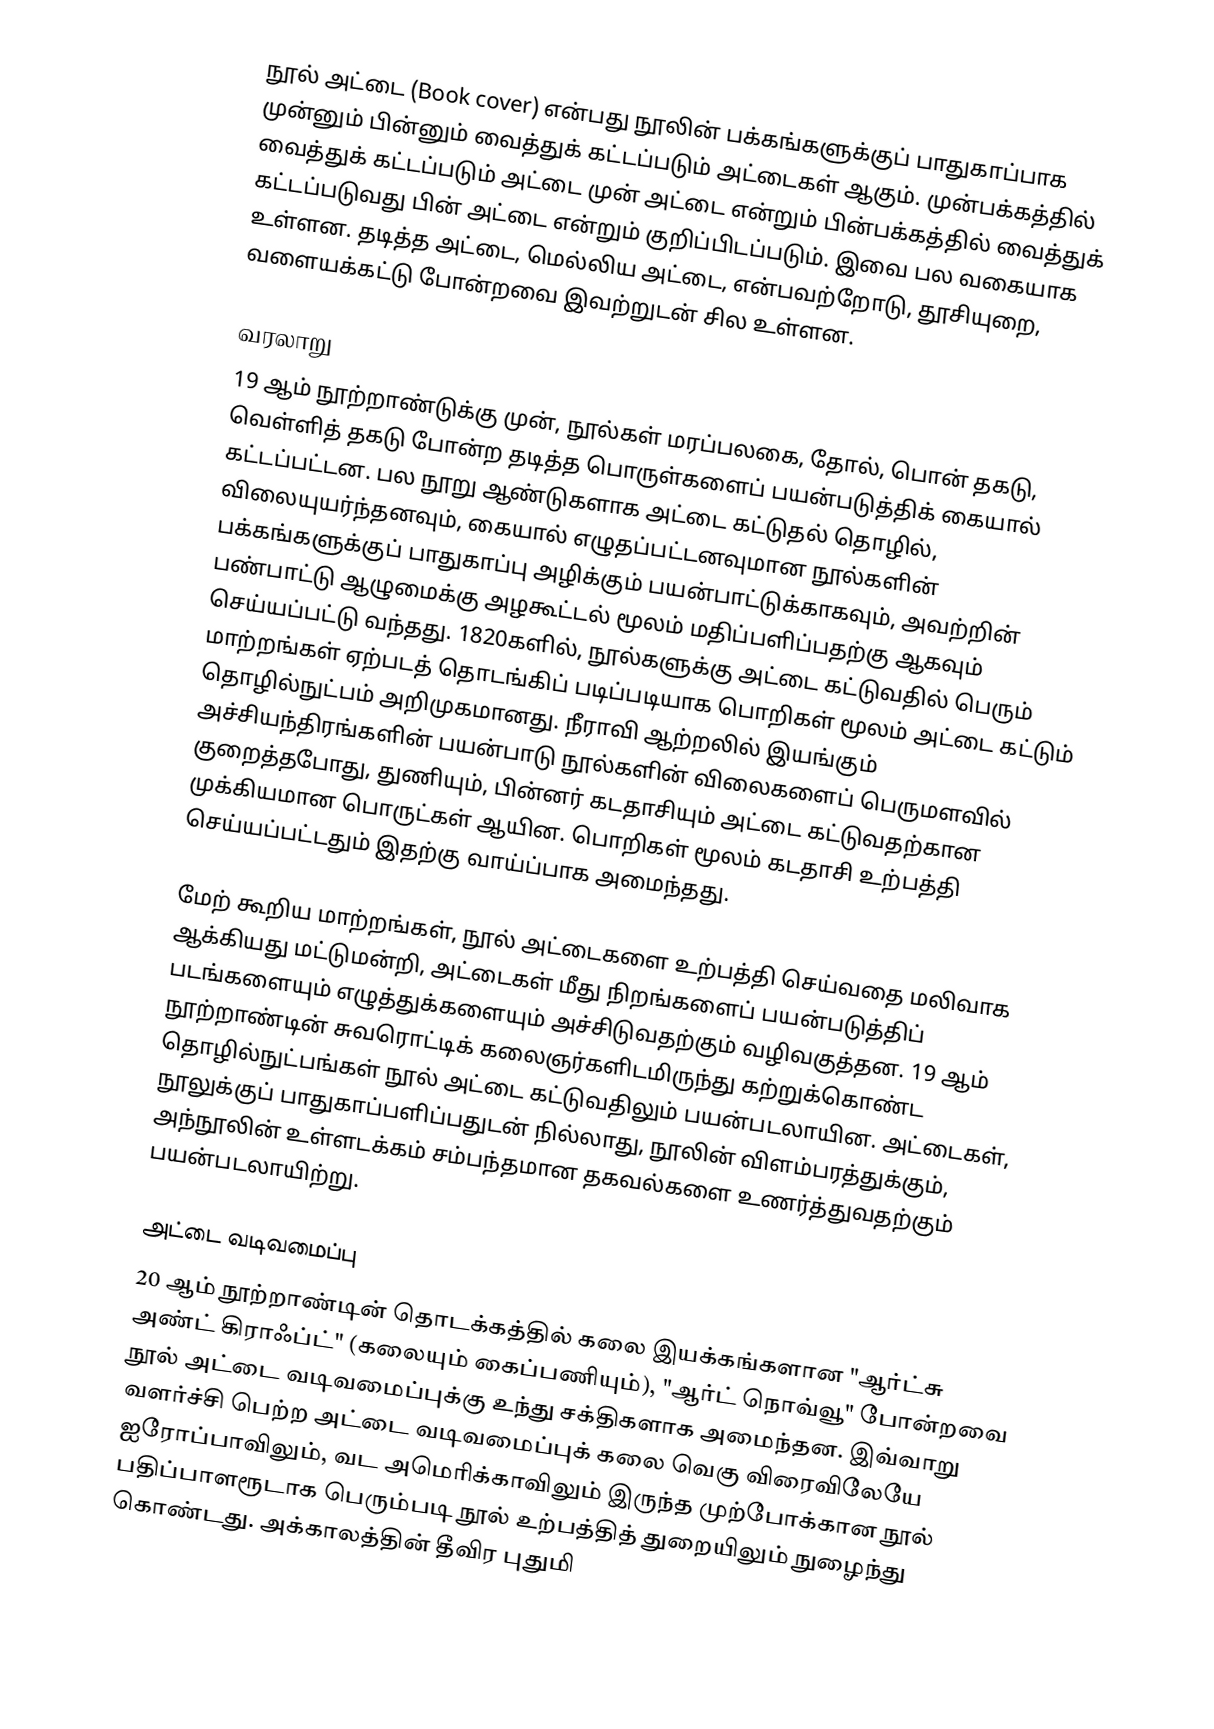
நூல் அட்டை (Book cover) என்பது நூலின் பக்கங்களுக்குப் பாதுகாப்பாக முன்னும் பின்னும் வைத்துக் கட்டப்படும் அட்டைகள் ஆகும். முன்பக்கத்தில் வைத்துக் கட்டப்படும் அட்டை முன் அட்டை என்றும் பின்பக்கத்தில் வைத்துக் கட்டப்படுவது பின் அட்டை என்றும் குறிப்பிடப்படும். இவை பல வகையாக உள்ளன. தடித்த அட்டை, மெல்லிய அட்டை, என்பவற்றோடு, தூசியுறை, வளையக்கட்டு போன்றவை இவற்றுடன் சில உள்ளன.

வரலாறு
19 ஆம் நூற்றாண்டுக்கு முன், நூல்கள் மரப்பலகை, தோல், பொன் தகடு, வெள்ளித் தகடு போன்ற தடித்த பொருள்களைப் பயன்படுத்திக் கையால் கட்டப்பட்டன. பல நூறு ஆண்டுகளாக அட்டை கட்டுதல் தொழில், விலையுயர்ந்தனவும், கையால் எழுதப்பட்டனவுமான நூல்களின் பக்கங்களுக்குப் பாதுகாப்பு அழிக்கும் பயன்பாட்டுக்காகவும், அவற்றின் பண்பாட்டு ஆழுமைக்கு அழகூட்டல் மூலம் மதிப்பளிப்பதற்கு ஆகவும் செய்யப்பட்டு வந்தது. 1820களில், நூல்களுக்கு அட்டை கட்டுவதில் பெரும் மாற்றங்கள் ஏற்படத் தொடங்கிப் படிப்படியாக பொறிகள் மூலம் அட்டை கட்டும் தொழில்நுட்பம் அறிமுகமானது. நீராவி ஆற்றலில் இயங்கும் அச்சியந்திரங்களின் பயன்பாடு நூல்களின் விலைகளைப் பெருமளவில் குறைத்தபோது, துணியும், பின்னர் கடதாசியும் அட்டை கட்டுவதற்கான முக்கியமான பொருட்கள் ஆயின. பொறிகள் மூலம் கடதாசி உற்பத்தி செய்யப்பட்டதும் இதற்கு வாய்ப்பாக அமைந்தது.

மேற் கூறிய மாற்றங்கள், நூல் அட்டைகளை உற்பத்தி செய்வதை மலிவாக ஆக்கியது மட்டுமன்றி, அட்டைகள் மீது நிறங்களைப் பயன்படுத்திப் படங்களையும் எழுத்துக்களையும் அச்சிடுவதற்கும் வழிவகுத்தன. 19 ஆம் நூற்றாண்டின் சுவரொட்டிக் கலைஞர்களிடமிருந்து கற்றுக்கொண்ட தொழில்நுட்பங்கள் நூல் அட்டை கட்டுவதிலும் பயன்படலாயின. அட்டைகள், நூலுக்குப் பாதுகாப்பளிப்பதுடன் நில்லாது, நூலின் விளம்பரத்துக்கும், அந்நூலின் உள்ளடக்கம் சம்பந்தமான தகவல்களை உணர்த்துவதற்கும் பயன்படலாயிற்று.

அட்டை வடிவமைப்பு
20 ஆம் நூற்றாண்டின் தொடக்கத்தில் கலை இயக்கங்களான "ஆர்ட்சு அண்ட் கிராஃப்ட்" (கலையும் கைப்பணியும்), "ஆர்ட் நொவ்வூ" போன்றவை நூல் அட்டை வடிவமைப்புக்கு உந்து சக்திகளாக அமைந்தன. இவ்வாறு வளர்ச்சி பெற்ற அட்டை வடிவமைப்புக் கலை வெகு விரைவிலேயே ஐரோப்பாவிலும், வட அமெரிக்காவிலும் இருந்த முற்போக்கான நூல் பதிப்பாளரூடாக பெரும்படி நூல் உற்பத்தித் துறையிலும் நுழைந்து கொண்டது. அக்காலத்தின் தீவிர புதுமி